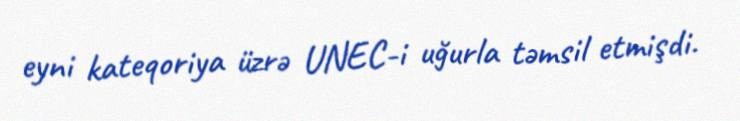
eyni kateqoriya üzrə UNEC-i uğurla təmsil etmişdi.